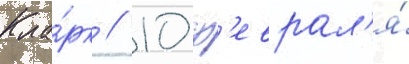
Кла́рк // 10 ф'еврал'я́